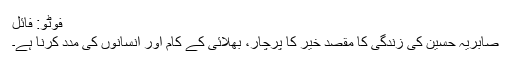
فوٹو: فائل
صابریہ حسین کی زندگی کا مقصد خیر کا پرچار، بھلائی کے کام اور انسانوں کی مدد کرنا ہے۔